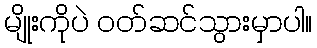
မျိုးကိုပဲ ဝတ်ဆင်သွားမှာပါ။